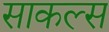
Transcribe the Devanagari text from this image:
साकल्स